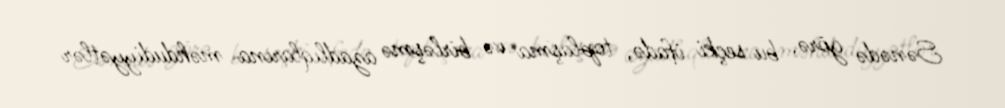
Sənədə görə, bu seçki ifadə, toplaşma və birləşmə azadlıqlarına məhdudiyyətlər